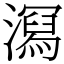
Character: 㵼